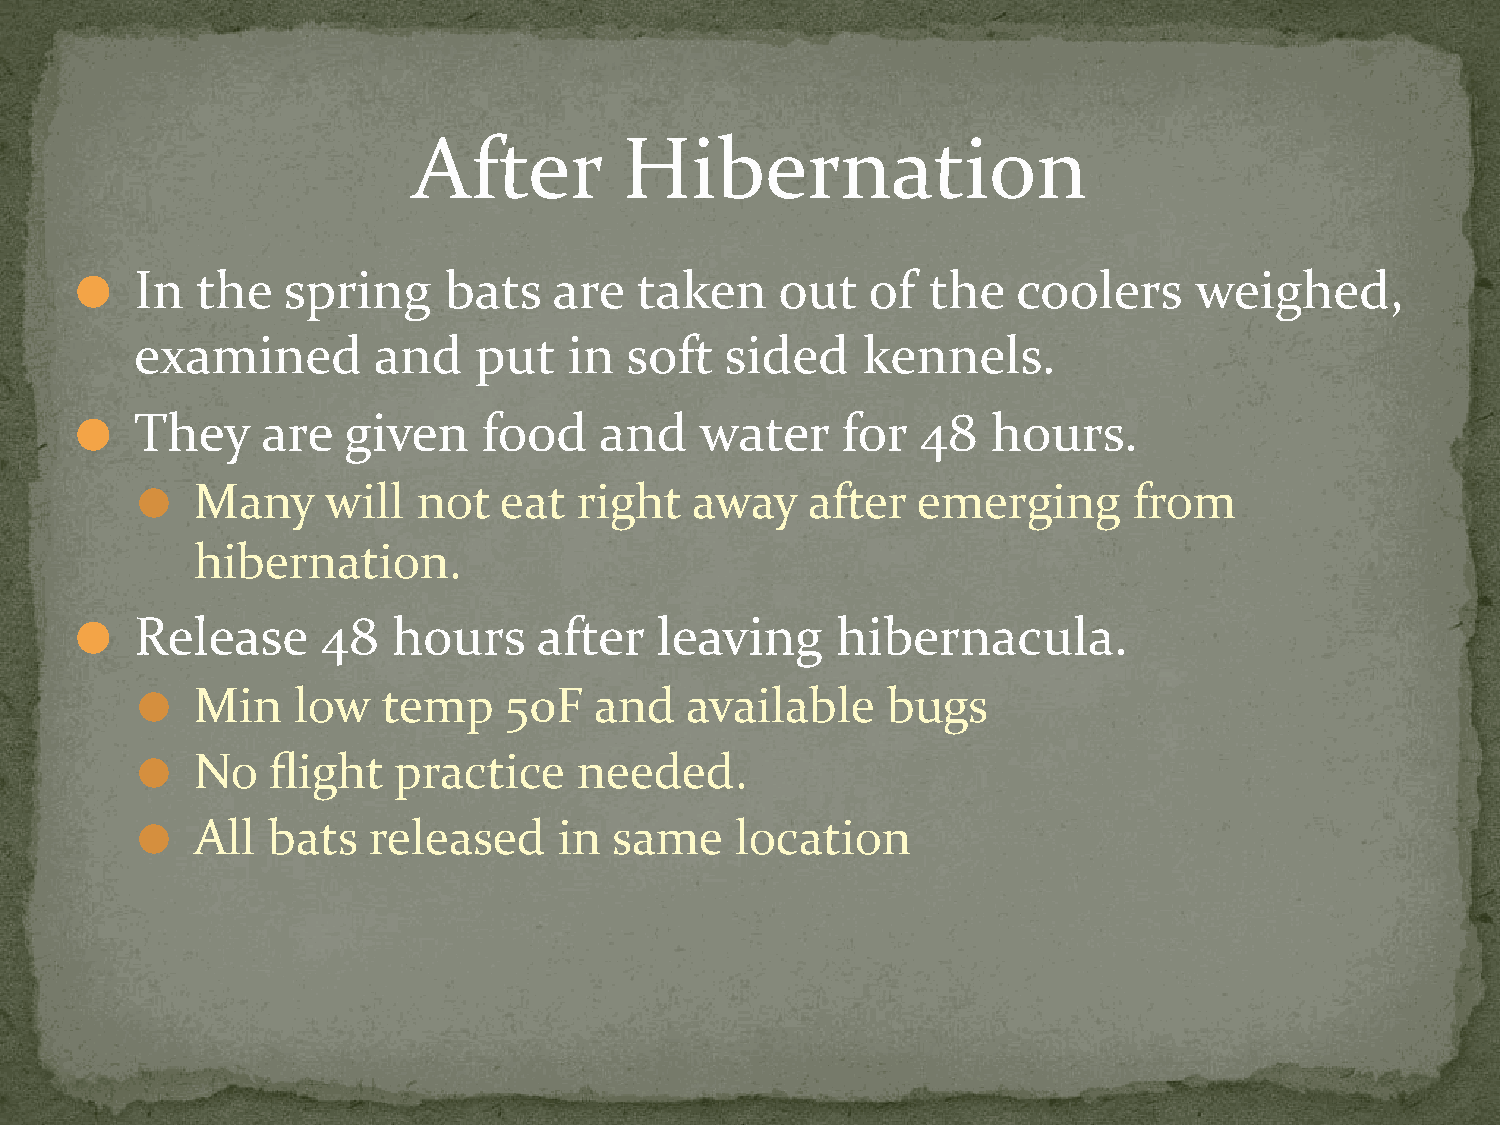
After         Hibernation
 In  the   spring    bats    are  taken     out   of the   coolers     weighed,
 ⚫
 examined        and   put    in soft   sided    kennels.
 They    are   given    food    and   water     for  48   hours.
 ⚫
 Many     will  not  eat  right   away   after   emerging      from
 ⚫
 hibernation.
 Release     48   hours     after  leaving     hibernacula.
 ⚫
 Min   low   temp    50F   and   available     bugs
 ⚫
 No   flight  practice    needed.
 ⚫
 All  bats  released     in  same    location
 ⚫